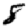
Digit: 8